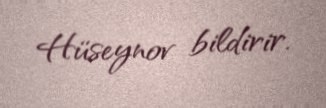
Hüseynov bildirir.